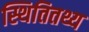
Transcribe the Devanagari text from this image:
स्थितितथ्य